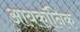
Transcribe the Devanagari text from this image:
आयकॉनिक